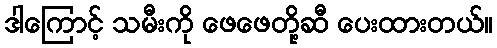
ဒါကြောင့် သမီးကို ဖေဖေတို့ဆီ ပေးထားတယ်။